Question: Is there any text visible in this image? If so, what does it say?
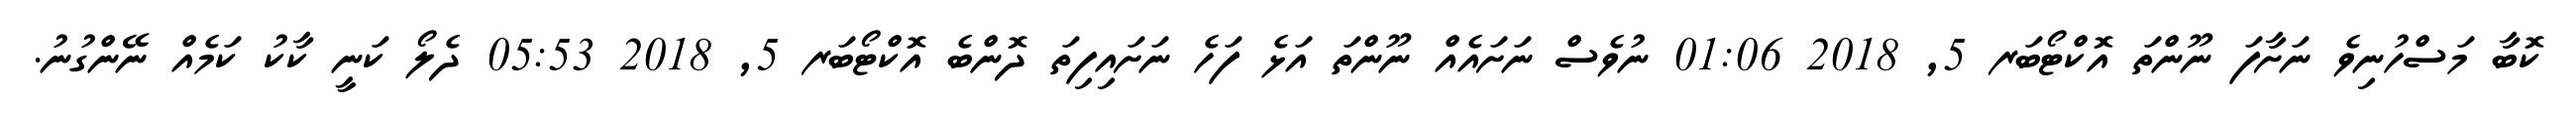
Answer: ކޮބާ މަސްހުނިވެ ނަށާފަ ނޫންތަ އޮކްޓޯބަރ 5, 2018 01:06 ނުވެސް ނަށައެއް ނޫންތަ އަޅެ ފަހެ ނަށައިފިތަ ދޮންބެ އޮކްޓޯބަރ 5, 2018 05:53 ދެލޯ ކަނީ ކާކު ކަމެއް ނޭންގުނު.